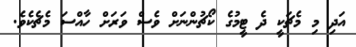
އަދި މި މެޗަކީ ދެ ޓީމުގެ ކޯޗުންނަށް ވެސް ވަރަށް ހާއްސަ މެޗެކެވެ.